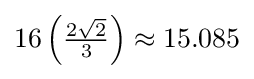
16\left({\tfrac {2{\sqrt {2}}}{3}}\right)\approx 15.085